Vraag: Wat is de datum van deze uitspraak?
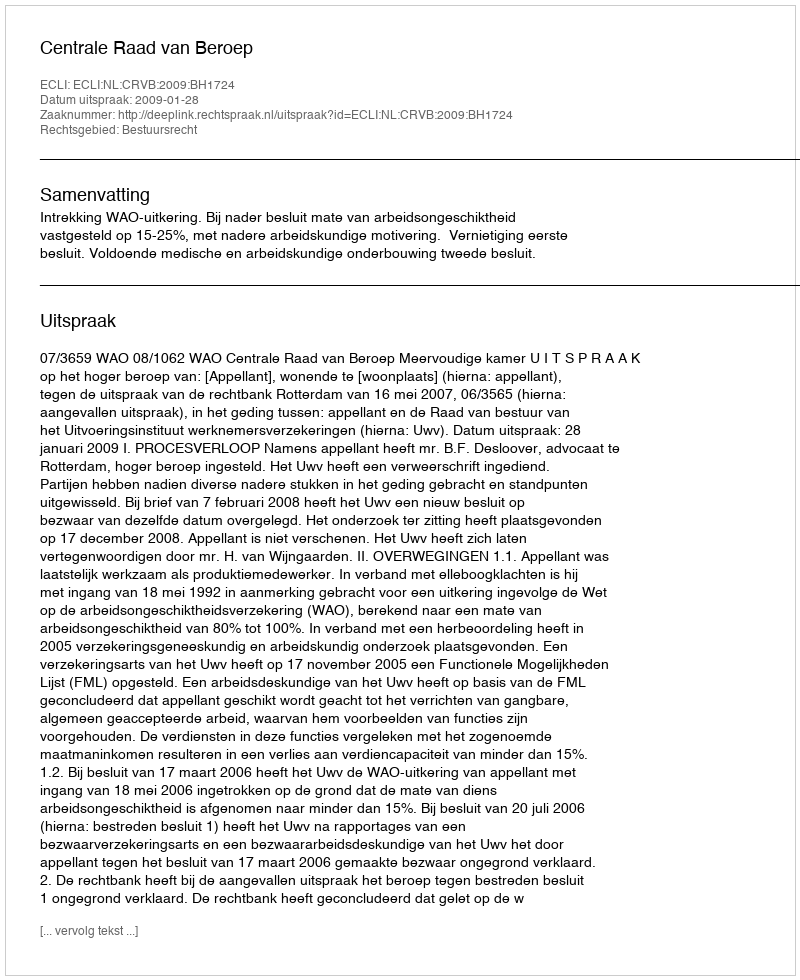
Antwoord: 2009-01-28